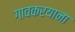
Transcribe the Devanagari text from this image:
गावकरयाना